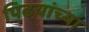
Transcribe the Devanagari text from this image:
पिढय़ांच्या